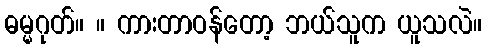
ဓမ္မဂုတ်။ ။ ကားတာဝန်တော့ ဘယ်သူက ယူသလဲ။